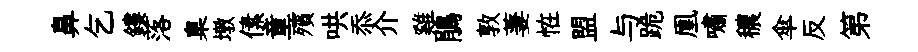
鼻乞鏤落臬墩傃童殯哄忝介雞鵑敦萋恠盟与跪凰嘯穠傘反第